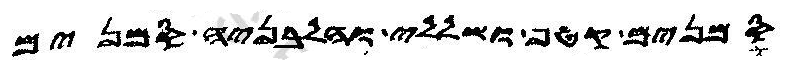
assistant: סמנים קטף ושללי והלבניה סמנים